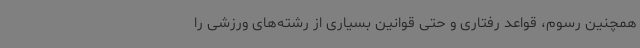
همچنین رسوم، قواعد رفتاری و حتی قوانین بسیاری از رشته‌های ورزشی را